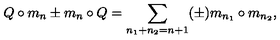
Q \circ m _ { n } \pm m _ { n } \circ Q = \sum _ { n _ { 1 } + n _ { 2 } = n + 1 } ( \pm ) m _ { n _ { 1 } } \circ m _ { n _ { 2 } } ,